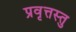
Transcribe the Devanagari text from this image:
प्रवृत्तस्तु